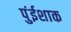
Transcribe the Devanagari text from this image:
पुंईशाक